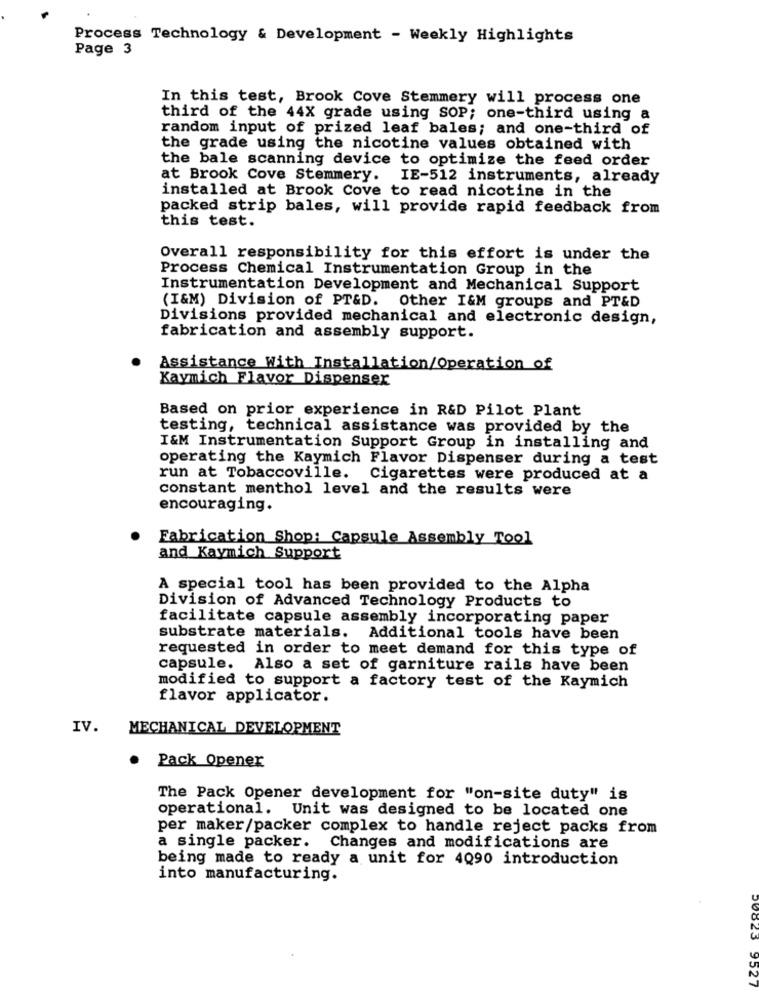
Process Technology & Development - Weekly Highlights
Page 3
In this test, Brook Cove Stemmery will process one
third of the 44X grade using SOP; one-third using a
random input of prized leaf bales; and one-third of
the grade using the nicotine values obtained with
the bale scanning device to optimize the feed order
at Brook Cove Stemmery. IE-512 instruments, already
installed at Brook Cove to read nicotine in the
packed strip bales, will provide rapid feedback from
this test.
Overall responsibility for this effort is under the
Process Chemical Instrumentation Group in the
Instrumentation Development and Mechanical Support
(I&M) Division of PT&D. Other I&M groups and PT&D
Divisions provided mechanical and electronic design,
fabrication and assembly support.
Assistance With Installation/Operation of
Kaymich Flavor Dispenser
Based on prior experience in R&D Pilot Plant
testing, technical assistance was provided by the
I&M Instrumentation Support Group in installing and
operating the Kaymich Flavor Dispenser during a test
run at Tobaccoville. Cigarettes were produced at a
constant menthol level and the results were
encouraging.
Fabrication Shop: Capsule Assembly Tool
and Kaymich Support
A special tool has been provided to the Alpha
Division of Advanced Technology Products to
facilitate capsule assembly incorporating paper
substrate materials. Additional tools have been
requested in order to meet demand for this type of
capsule. Also a set of garniture rails have been
modified to support a factory test of the Kaymich
flavor applicator.
IV.
MECHANICAL DEVELOPMENT
Pack Opener
The Pack Opener development for "on-site duty" is
operational. Unit was designed to be located one
per maker/packer complex to handle reject packs from
a single packer. Changes and modifications are
being made to ready a unit for 4Q90 introduction
into manufacturing.
LZCA